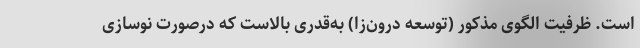
است. ظرفیت الگوی مذکور (توسعه درون‌زا) به‌قدری بالاست که درصورت نوسازی